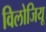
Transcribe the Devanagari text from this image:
विलोजियू